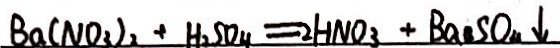
B a ( N O _ { 3 } ) _ { 2 } + H _ { 2 } S O _ { 4 } = 2 H N O _ { 3 } + B a _ { 3 } S O _ { 4 } \downarrow